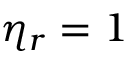
\eta _ { r } = 1